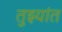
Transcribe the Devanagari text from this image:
तुझ्यांत